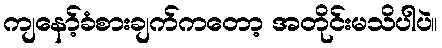
ကျနော့်ခံစားချက်ကတော့ အတိုင်းမသိပါပဲ။